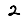
Digit: 2